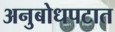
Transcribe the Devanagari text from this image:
अनुबोधपटात